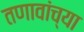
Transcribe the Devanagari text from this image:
तणावांच्या